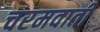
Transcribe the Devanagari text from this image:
चरमवाती